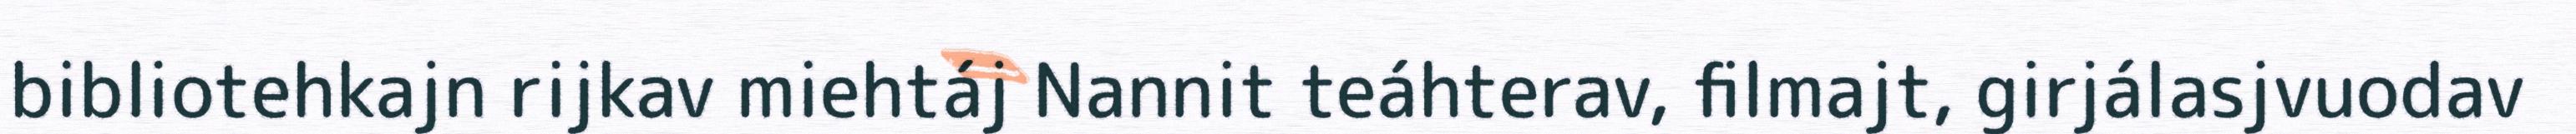
bibliotehkajn rijkav miehtáj Nannit teáhterav, filmajt, girjálasjvuodav